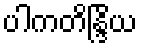
ပါကတိန္ဒြိယ